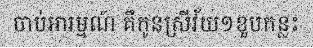
ចាប់អារម្មណ៍ គឺកូនស្រីវ័យ១ខួបកន្លះ